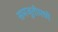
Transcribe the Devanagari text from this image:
समजुतीमध्ये